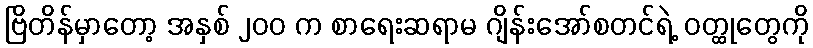
ဗြိတိန်မှာတော့ အနှစ် ၂၀၀ က စာရေးဆရာမ ဂျိန်းအော်စတင်ရဲ့ ဝတ္ထုတွေကို